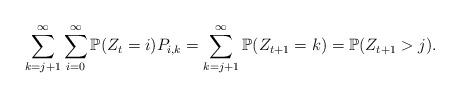
LaTeX: \begin{align*}\sum_{k=j+1}^\infty\sum_{i=0}^\infty\mathbb{P}(Z_t=i)P_{i,k}=\sum_{k=j+1}^\infty\mathbb{P}(Z_{t+1}=k)=\mathbb{P}(Z_{t+1}>j).\end{align*}